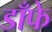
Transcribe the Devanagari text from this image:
डाँफे